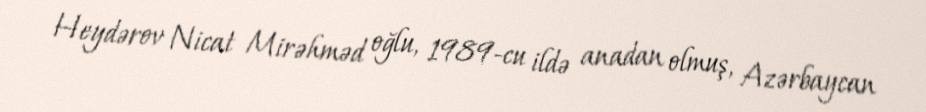
Heydərov Nicat Mirəhməd oğlu, 1989-cu ildə anadan olmuş, Azərbaycan